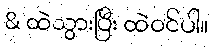
& ထဲသွားပြီး ထဲဝင်ပါ။